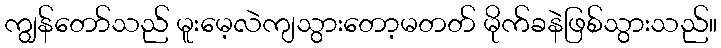
ကျွန်တော်သည် မူးမေ့လဲကျသွားတော့မတတ် မိုက်ခနဲဖြစ်သွားသည်။